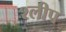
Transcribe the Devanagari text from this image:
श्लीप